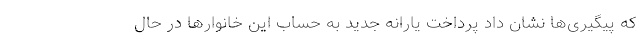
که پیگیری‌ها نشان داد پرداخت یارانه جدید به حساب این خانوارها در حال